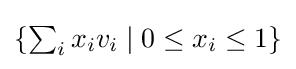
{\textstyle \{\textstyle \sum _{i}x_{i}v_{i}\mid 0\leq x_{i}\leq 1\}}